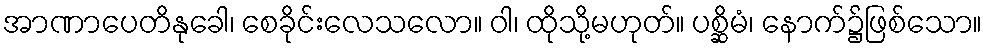
အာဏာပေတိနုခေါ၊ စေခိုင်းလေသလော။ ဝါ၊ ထိုသို့မဟုတ်။ ပစ္ဆိမံ၊ နောက်၌ဖြစ်သော။